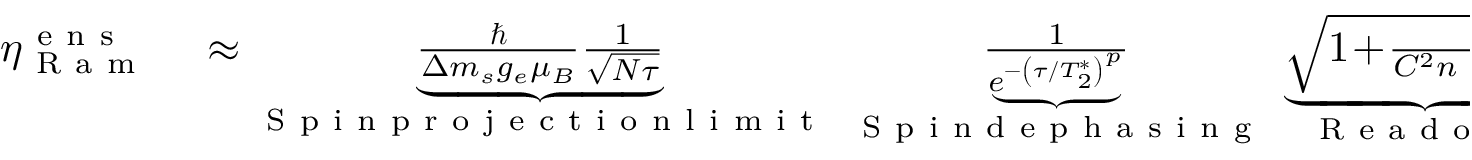
\begin{array} { r l } { \eta _ { \mathrm { ~ R ~ a ~ m ~ } } ^ { \mathrm { ~ e ~ n ~ s ~ } } } & { { } \approx \underbrace { \frac { \hbar } { \Delta m _ { s } g _ { e } \mu _ { B } } \frac { 1 } { \sqrt { N \tau } } } _ { \mathrm { ~ S ~ p ~ i ~ n ~ p ~ r ~ o ~ j ~ e ~ c ~ t ~ i ~ o ~ n ~ l ~ i ~ m ~ i ~ t ~ } } \; \underbrace { \frac { 1 } { e ^ { - \left( \tau / T _ { 2 } ^ { * } \right) ^ { p } } } } _ { \mathrm { ~ S ~ p ~ i ~ n ~ d ~ e ~ p ~ h ~ a ~ s ~ i ~ n ~ g ~ } } \; \underbrace { \sqrt { 1 \! + \! \frac { 1 } { C ^ { 2 } n _ { \mathrm { ~ a ~ v ~ g ~ } } } } } _ { \mathrm { ~ R ~ e ~ a ~ d ~ o ~ u ~ t ~ } } \; } \end{array}